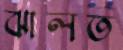
ঝালত